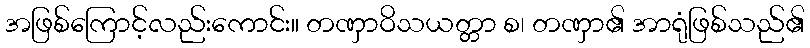
အဖြစ်ကြောင့်လည်းကောင်း။ တဏှာဝိသယတ္တာ စ၊ တဏှာ၏ အာရုံဖြစ်သည်၏